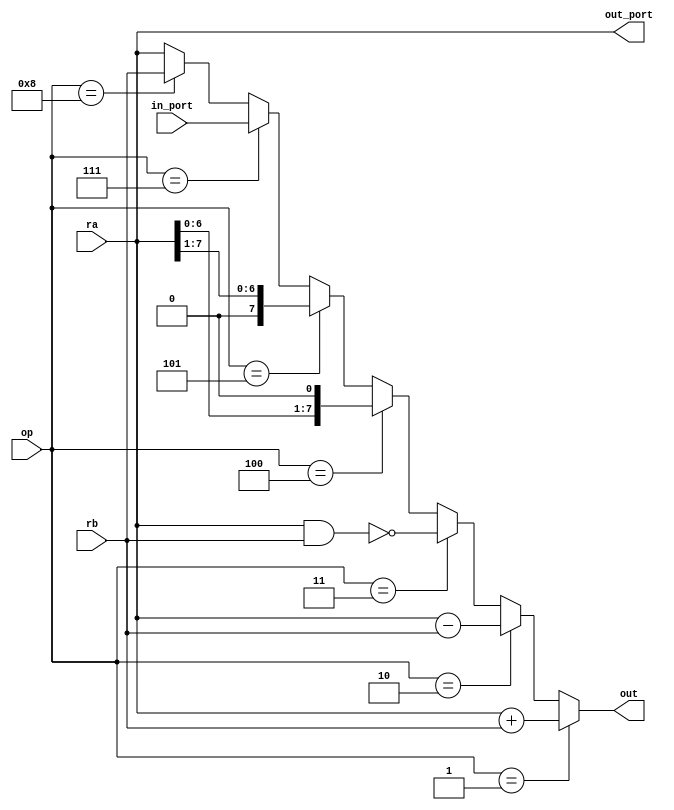
module alu(ra,rb,op,out,in_port,out_port);

input [7:0]ra;
input [7:0]rb;
input [3:0]op;
input [7:0]in_port;
output [7:0]out;
output [7:0]out_port;

reg [7:0]out_port;

assign out=(op==4'b0001)?ra+rb: //add
	(op==4'b0010)?ra-rb: //sub
	(op==4'b0011)?~(ra&rb): //nand
	(op==4'b0100)?ra<<1: //shl
	(op==4'b0101)?ra>>1: //shr
	(op==4'b0111)?in_port: //in
	(op==4'b1000)?rb : ra; //mov nop
always @(op==4'b0110) begin
	out_port=ra;
end

endmodule